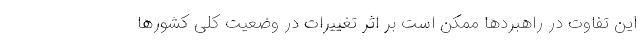
این تفاوت در راهبردها ممکن است بر اثر تغییرات در وضعیت کلی کشورها